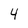
Character: 4